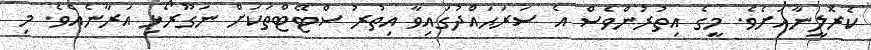
ކެރޮލީނާއަށެވެ. މީގެ އިތުރުންވެސް އެ ސަރަޙައްދުގައިވާ އިތުރު ސްޓޭޓްތަކަށް ނަގޫރޯޅި އަރާނެއެވެ. މި